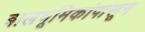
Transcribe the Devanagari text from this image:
बालभूमिकांपासून